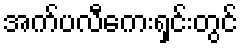
အက်ပလီကေးရှင်းတွင်